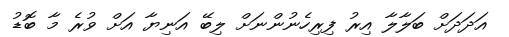
އަދަދަށް ބަލާލާ އިރު ފިރިހެނުންނަށް ލިބޭ އަނިޔާ އަށް ވުރެ މާ ބޮޑު